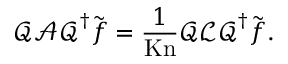
\boldsymbol { \mathcal { Q } } \boldsymbol { \mathcal { A } } \boldsymbol { \mathcal { Q } } ^ { \dagger } \tilde { \boldsymbol { f } } = \frac { 1 } { \mathrm { K n } } \boldsymbol { \mathcal { Q } } \boldsymbol { \mathcal { L } } \boldsymbol { \mathcal { Q } } ^ { \dagger } \tilde { \boldsymbol { f } } .